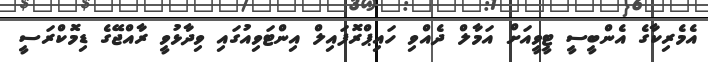
އެމެރިކާގެ އެންބީސީ ޓީވީއަށް އަމާލް ދެއްވި ހައިޕްރޮފައިލް އިންޓަވިއުގައި ވިދާޅުވީ ރާއްޖޭގެ ޑިމޮކްރަސީ